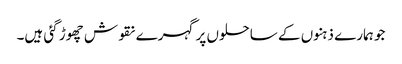
جو ہمارے ذہنوں کے ساحلوں پر گہرے نقوش چھوڑ گئی ہیں۔